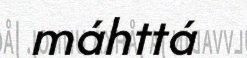
máhttá